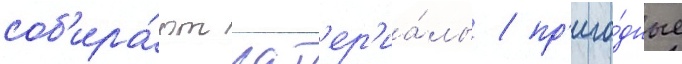
соб'ира́ют мат'ер'иа́лы / пр'иго́дные